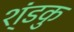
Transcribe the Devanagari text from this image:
श्ंडकु